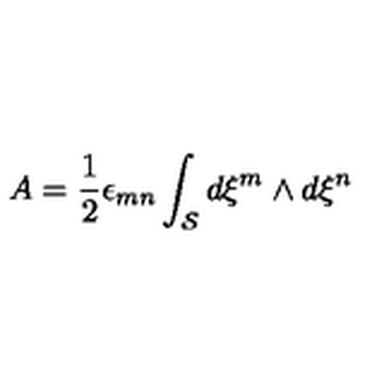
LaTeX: A = { \frac { 1 } { 2 } } \epsilon _ { m n } \int _ { \cal S } d \xi ^ { m } \wedge d \xi ^ { n }